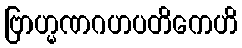
ဗြာဟ္မဏဂဟပတိကေဟိ